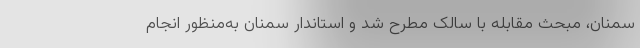
سمنان، مبحث مقابله با سالک مطرح شد و استاندار سمنان به‌منظور انجام